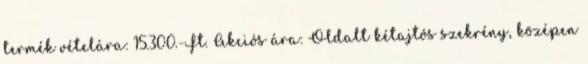
termék vételára: 15.300.-Ft. Akciós ára: Oldalt kétajtós szekrény, középen